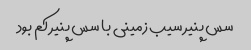
سس پنیر سیب زمینی با سس پنیر کم بود